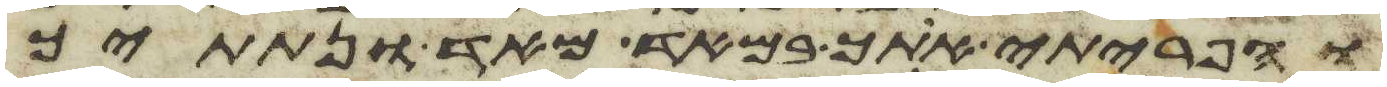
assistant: והפריתי אתך במאד מאד ונתתיך